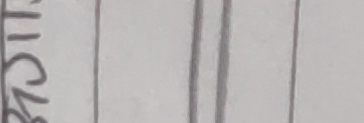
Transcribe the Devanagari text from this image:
स्टार्ट